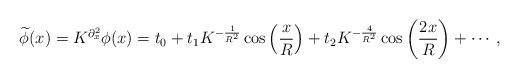
LaTeX: \begin{align*}\widetilde\phi (x) = K^{\partial _x ^2 } \phi (x) = t_0 + t_1 K^{- \frac{1} {{R^2 }}} \cos \left( {\frac{x} {R}} \right) + t_2 K^{- \frac{4} {{R^2 }}} \cos \left( {\frac{{2x}} {R}} \right) +\cdots,\end{align*}